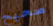
صحيح